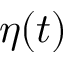
\eta ( t )